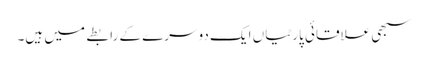
سبھی علاقائی پارٹیاں ایک دوسرے کے رابطے میں ہیں۔